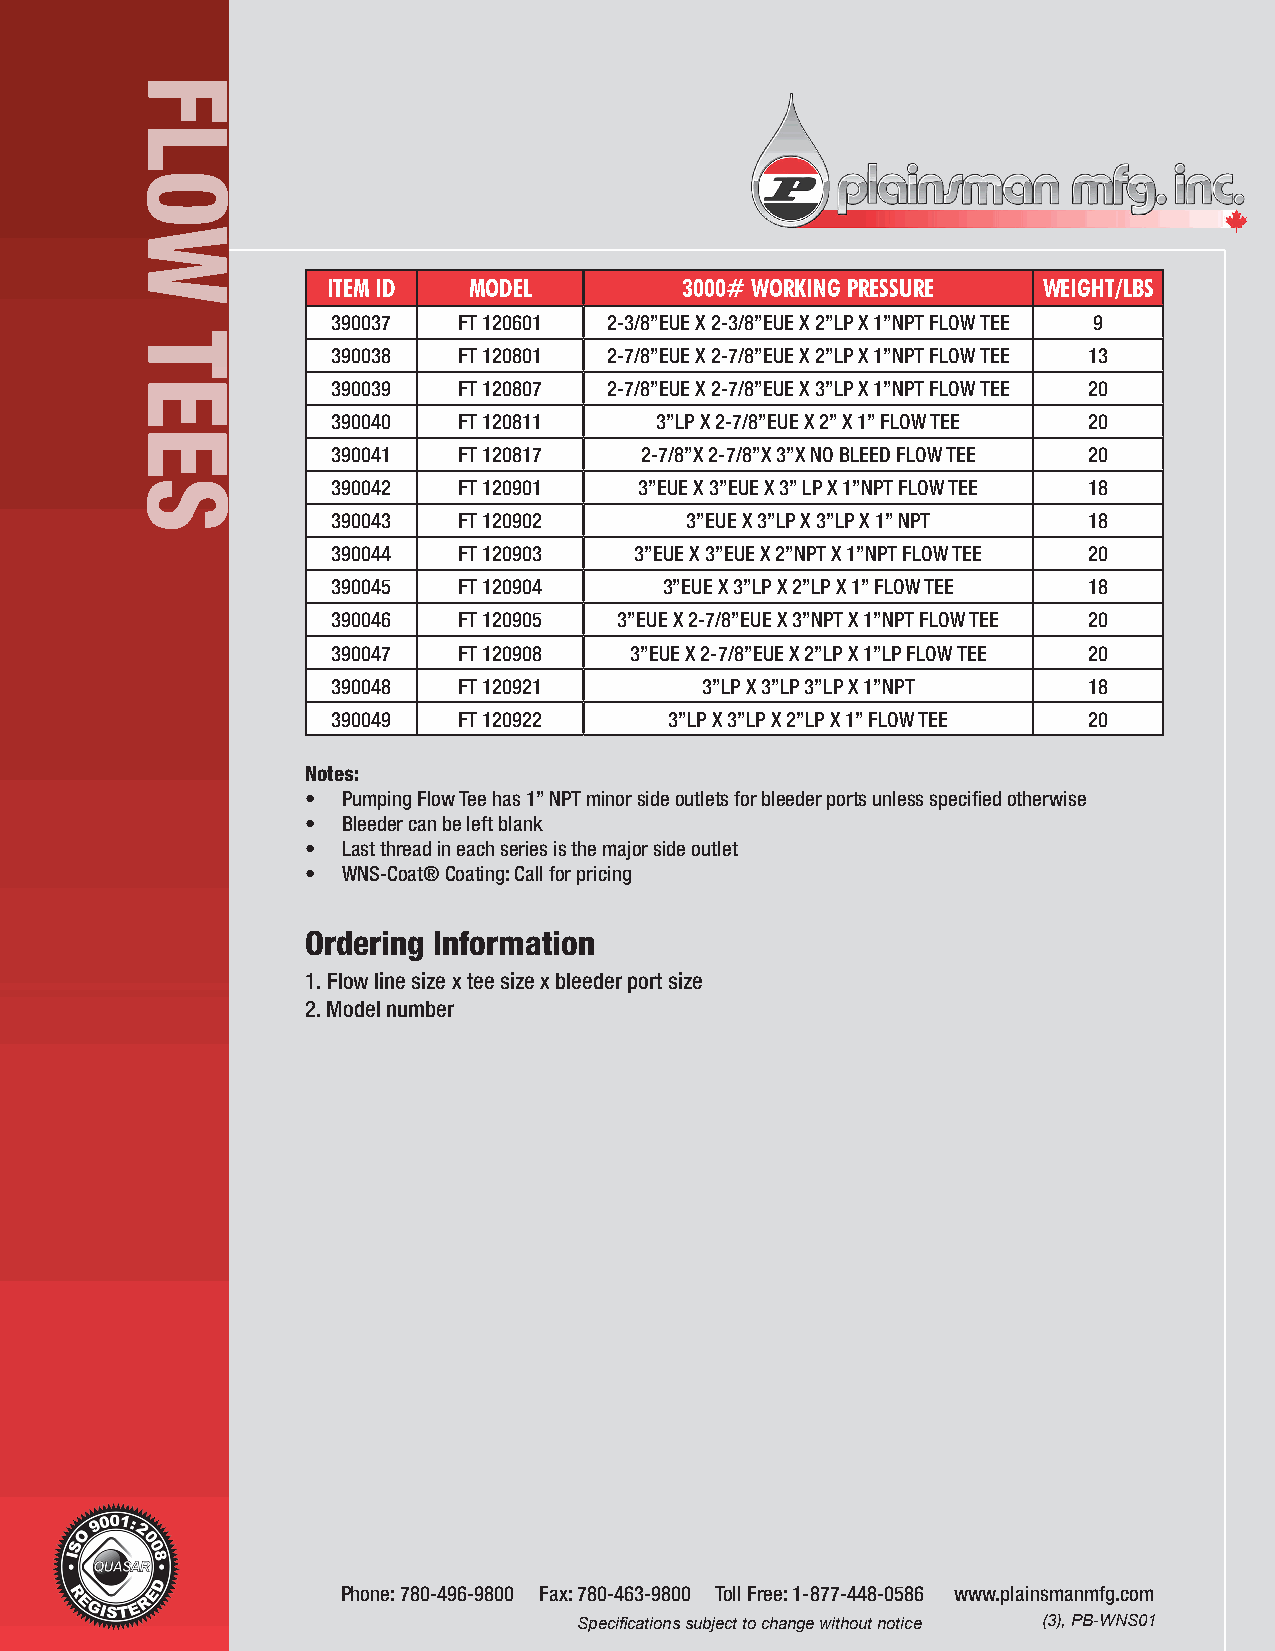
ITEM ID  MODEL         3000# WORKING PRESSURE  WEIGHT/LBS
 390037  FT 120601 2-3/8”EUE X 2-3/8”EUE X 2”LP X 1”NPT FLOW TEE 9
 390038  FT 120801 2-7/8”EUE X 2-7/8”EUE X 2”LP X 1”NPT FLOW TEE 13
 390039  FT 120807 2-7/8”EUE X 2-7/8”EUE X 3”LP X 1”NPT FLOW TEE 20
 390040  FT 120811    3”LP X 2-7/8”EUE X 2” X 1” FLOW TEE 20
 390041  FT 120817   2-7/8”X 2-7/8”X 3”X NO BLEED FLOW TEE 20
 390042  FT 120901   3”EUE X 3”EUE X 3” LP X 1”NPT FLOW TEE 18
 390043  FT 120902      3”EUE X 3”LP X 3”LP X 1” NPT 18
 390044  FT 120903   3”EUE X 3”EUE X 2”NPT X 1”NPT FLOW TEE 20
 390045  FT 120904     3”EUE X 3”LP X 2”LP X 1” FLOW TEE 18
 390046  FT 120905  3”EUE X 2-7/8”EUE X 3”NPT X 1”NPT FLOW TEE 20
 390047  FT 120908   3”EUE X 2-7/8”EUE X 2”LP X 1”LP FLOW TEE 20
 390048  FT 120921       3”LP X 3”LP 3”LP X 1”NPT  18
 390049  FT 120922     3”LP X 3”LP X 2”LP X 1” FLOW TEE 20
 Notes:
 •  Pumping Flow Tee has 1” NPT minor side outlets for bleeder ports unless specified otherwise
 •  Bleeder can be left blank
 •  Last thread in each series is the major side outlet
 •  WNS-Coat® Coating: Call for pricing
 Ordering Information
 1. Flow line size x tee size x bleeder port size
 2. Model number
 Phone: 780-496-9800 Fax: 780-463-9800 Toll Free: 1-877-448-0586 www.plainsmanmfg.com
 Specifications subject to change without notice (3), PB-WNS01
 FLOW
 TEES